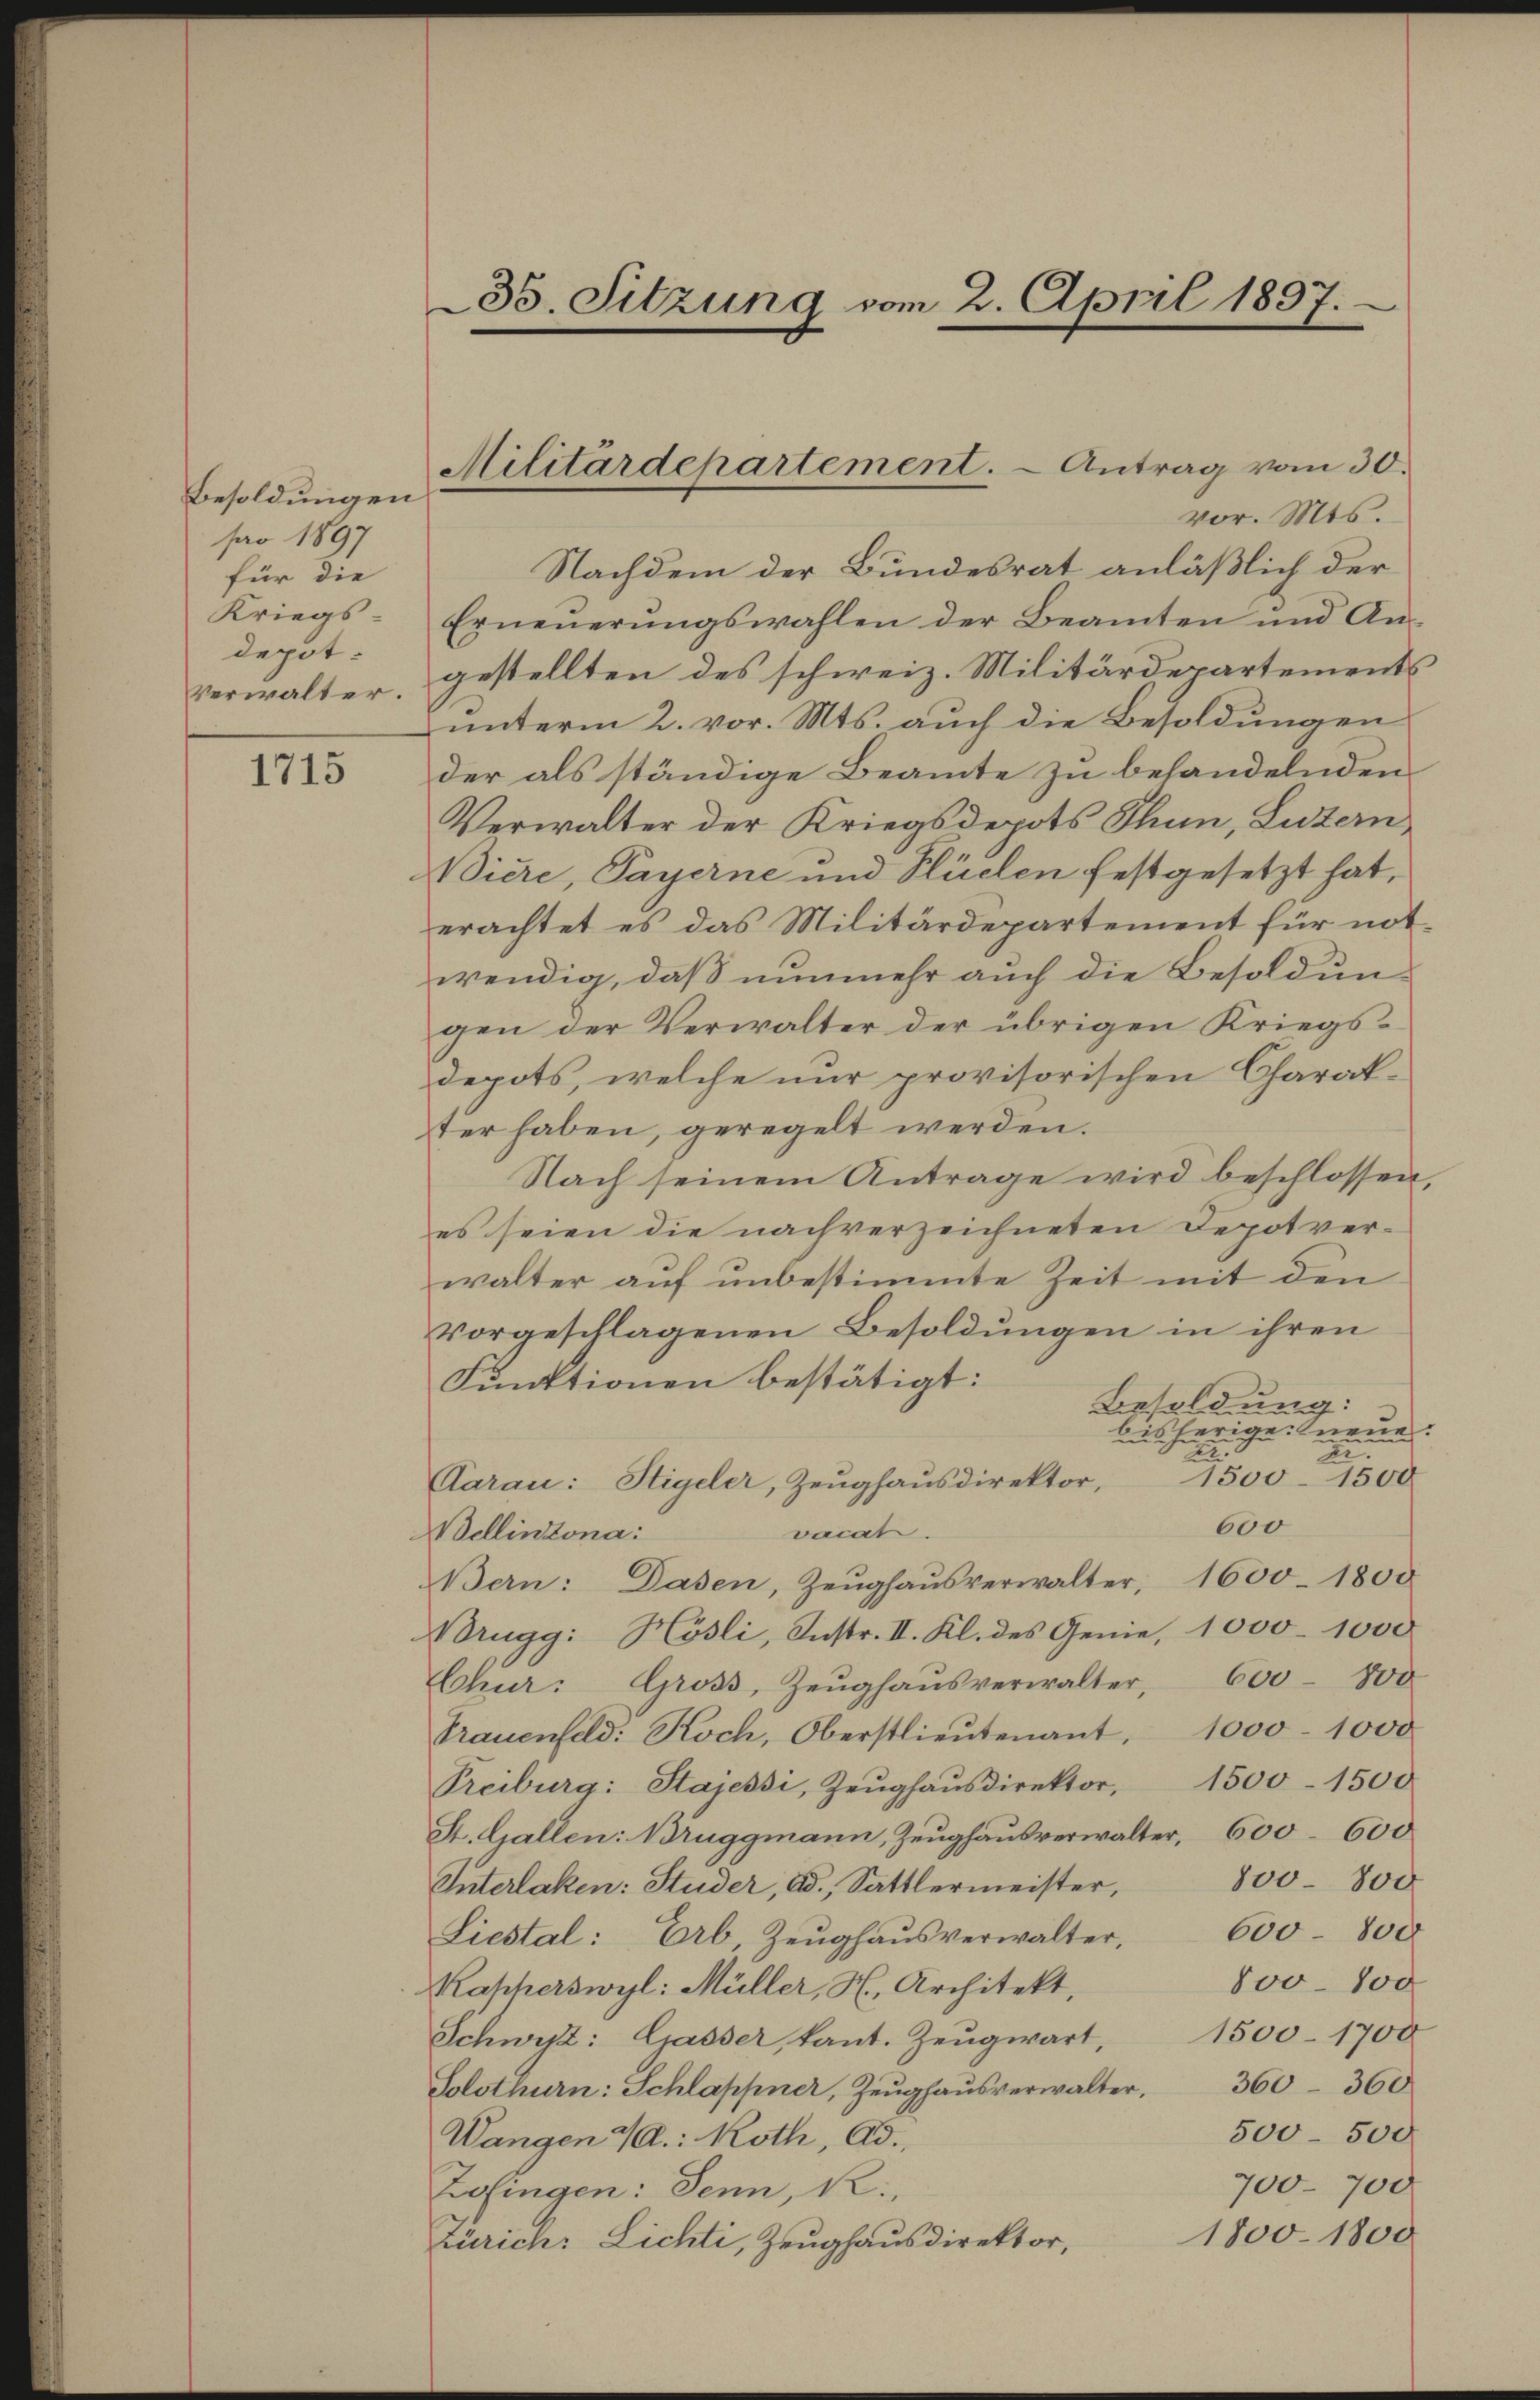
Besoldungen
pro 1897
für die
Kriegs
depot.

1715

35. Sitzung vom 2. April 1897.

vor. Mts.
Nachdem der Bundesrat anläßlich der
Erneuerungswahlen der Beamten und Ausverwalter, gestellten des schweiz. Militärdepartements
unterm 2. vor. Mts. auch die Besoldungen
der als ständige Beamte zu behandelnden
Verwalter der Kriegsdepots Thun, Luzern,
Biere, Payerne und Flüelen festgesetzt hat,
erachtet es das Militärdepartement für not-
wendig, daß nunmehr auch die Besoldungen der Verwalter der übrigen Kriegsdepots, welche nur provisorischen Charak-
ter haben, geregelt werden.
Nach seinem Antrage wird beschlossen,
es seien die nachverzeichneten Depotver-
walter auf unbestimmte Zeit mit den
vorgeschlagenen Besoldungen in ihren
Funktionen bestätigt:
Besoldung:
bisherige neue.
n
n
1500–1500
Aarau: Stigeler, Zeughausdirektor,
600
vacat.
Wellinzona:
Bern: Dasen, Zeŭghaŭsverwalter, 1600. 1800
rugg: Hösli, Instr. II. Kl. des Genie, 1000–1000
Chur: Gross, Zeŭghaŭsverwalter, 600 - 800
Trauenfeld: Koch, Oberstlieutenant. 1000 - 1000
Treiburg: Stajessi, Zeŭghaŭsdirektor, 1500–1500
St. Gallen: Bruggmann, Zeughausverwalter, 600–600
800–800
Interlaken: Studer, Bd., Sattlermeister,
600–800
Liestal: Ab, Zeŭghaŭs verwalter,
800–100
Kapperswyl: Müller, H. Architekt,
1500–1708
Schwyz: Gasser, kant. Zeugwart,
Solothurn: Schlappner, Zeughausverwalter, 360 360
500-500
Wangen 4: Koth, Ad.
700-700
Zofingen: Senn, R
1800. 1800
Zürich: Lichti, Zeughausdirektor,

Militärdepartement. - Antrag vom 30.